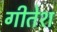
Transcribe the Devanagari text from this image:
गीतेश